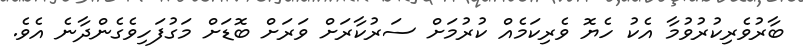
ބާރުވެރިކުރުވުމާ އެކު ހެޔޮ ވެރިކަމެއް ކުރުމަށް ސަރުކާރަށް ވަރަށް ބޮޑަށް މަގުފަހިވެގެންދާނެ އެވެ.